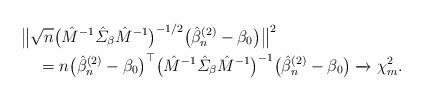
LaTeX: \begin{align*} & \bigl\| \sqrt{n} \bigl(\hat{M}^{-1}\hat{\varSigma}_{\beta}\hat {M}^{-1}\bigr)^{-1/2}\bigl(\hat{\beta}^{(2)}_n-\beta_0\bigr) \bigr\| ^2\\&\quad=n\bigl(\hat{\beta}^{(2)}_n-\beta_0\bigr)^\top \bigl(\hat{M}^{-1}\hat{\varSigma }_{\beta}\hat{M}^{-1} \bigr)^{-1}\bigl(\hat{\beta}^{(2)}_n-\beta _0\bigr)\xrightarrow{}\chi^2_m. \end{align*}